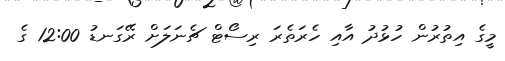
މީގެ އިތުރުން ހުޅުދު އާއި ހެރަތެރަ ރިސޯޓް ޗެނަލަށް ރޭގަނޑު 12:00 ގެ